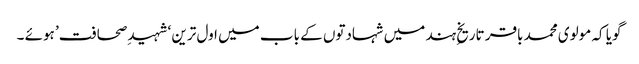
گویا کہ مولوی محمد باقر تاریخِ ہند میں شہادتوں کے باب میں اول ترین ‘شہید ِصحافت’ ہوئے ۔